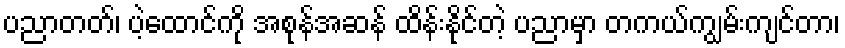
ပညာတတ်၊ ပဲ့ထောင်ကို အစုန်အဆန် ထိန်းနိုင်တဲ့ ပညာမှာ တကယ်ကျွမ်းကျင်တာ၊